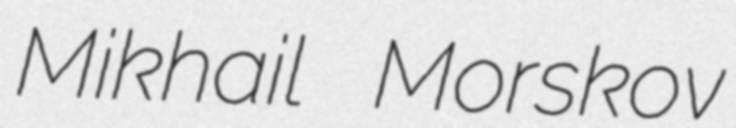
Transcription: Mikhail Morskov